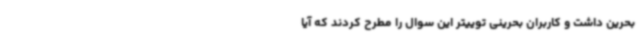
بحرین داشت و کاربران بحرینی توییتر این سوال را مطرح کردند که آیا